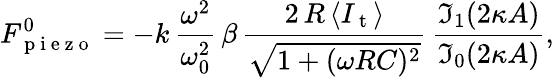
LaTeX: F_{\mathrm{~p~i~e~z~o~}}^{0}=-k\, \frac{\omega^{2}}{\omega_{0}^{2}}\, \beta\, \frac{2\, R\, \langle I_{\mathrm{~t~}}\rangle}{\sqrt{1+(\omega RC)^{2}}}\, \frac{\mathfrak{I}_{1}(2\kappa A)}{\mathfrak{I}_{0}(2\kappa A)},